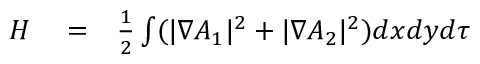
\begin{array} { r l r } { { \cal H } } & { { } = } & { \frac { 1 } { 2 } \int ( | \nabla A _ { 1 } | ^ { 2 } + | \nabla A _ { 2 } | ^ { 2 } ) d x d y d \tau } \end{array}